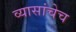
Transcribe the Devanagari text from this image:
व्यासांचेच